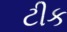
ટીક